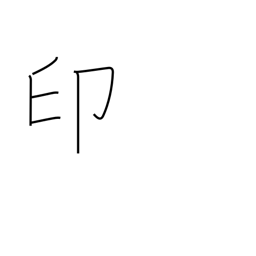
Meaning: seal